Vaccine operations Central Provinces & Berar 1922-1929 - 1922-1929
Year: 1922
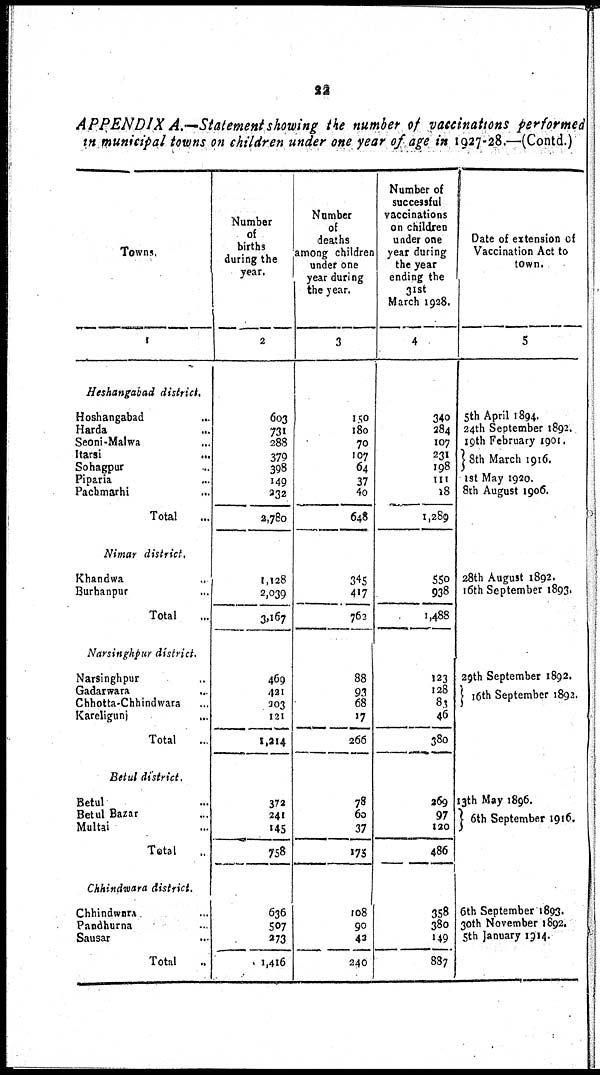
22
APPENDIX A.—Statement showing the number of vaccinations performed
in municipal towns on children under one year of age in 1927-28.—(Contd.)
Towns.
1
Heshangabad district.
Hoshangabad ...
Harda ...
Seoni-Malwa ...
Itarsi
...
Sohagpur ...
Piparia ...
Pachmarhi
...
Total ...
Nimar district.
Khandwa ...
Burhanpur ...
Total ...
Narsinghpur district.
Narsinghpur ...
Gadarwara ...
Chhotta-Chhindwara ...
Kareligunj ...
Total ...
Betul district.
Betul ...
Betul Bazar ...
Multai ...
Total ...
Chhindwara district.
Chhindwara ...
Pandhurna ...
Sausar ...
Total ...
Number
of
births
during the
year.
2
603
731
288
379
398
149
232
2,780
1,128
2,039
3,167
469
421
203
121
1,214
372
241
145
758
636
507
273
1,416
Number
of
deaths
among children
under one
year during
the year.
3
150
180
70
107
64
37
40
648
345
417
763
88
93
68
17
266
78
60
37
175
108
90
42
240
Number of
successful
vaccinations
on children
under one
year during
the year
ending the
31st
March 1928.
4
340
284
107
231
198
111
18
1,289
550
938
1,488
123
128
83
46
380
269
97
120
486
358
380
149
887
Date of extension of
Vaccination Act to
town.
5
5th April 1894.
24th September 1892.
19th February 1901.
8th March 1916.
1st May 1920.
8th August 1906.
28th August 1892.
16th September 1893.
29th September 1892.
16th September 1892.
13th May 1896.
6th September 1916.
6th September 1893.
30th November 1892.
5th January 1914.